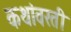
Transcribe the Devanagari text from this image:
कथांवरती